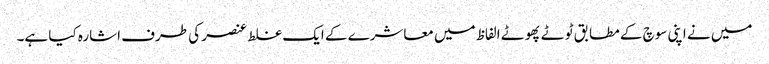
میں نے اپنی سوچ کے مطابق ٹوٹے پھوٹے الفاظ میں معاشرے کے ایک غلط عنصر کی طرف اشارہ کیا ہے۔